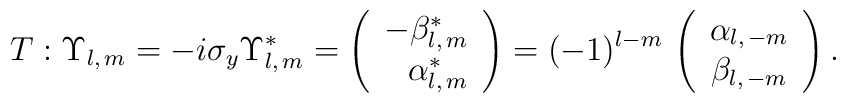
T : \Upsilon_{l,\, m} = -i \sigma_y \Upsilon^*_{l,\, m} =\left(\begin{array}{r}  -\beta^*_{l,\, m} \\  \alpha^*_{l,\, m}\end{array}\right) = (-1)^{l-m}\,\left(\begin{array}{c}  \alpha_{l,\,- m} \\  \beta_{l,\,- m}\end{array}\right).